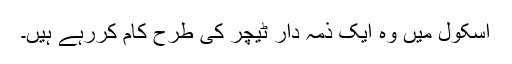
اسکول میں وہ ایک ذمہ دار ٹیچر کی طرح کام کررہے ہیں۔